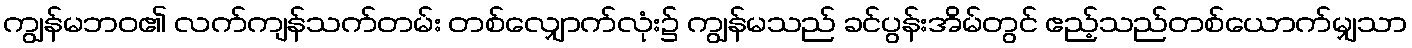
ကျွန်မဘဝ၏ လက်ကျန်သက်တမ်း တစ်လျှောက်လုံး၌ ကျွန်မသည် ခင်ပွန်းအိမ်တွင် ဧည့်သည်တစ်ယောက်မျှသာ